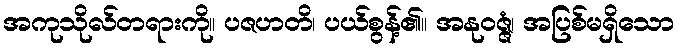
အကုသိုလ်တရားကို။ ပဇဟတိ၊ ပယ်စွန့်၏။ အနုဝဇ္ဇံ၊ အပြစ်မရှိသော